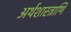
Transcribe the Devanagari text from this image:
अर्थशास्त्राणि